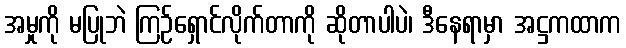
အမှုကို မပြုဘဲ ကြဉ်ရှောင်လိုက်တာကို ဆိုတာပါပဲ၊ ဒီနေရာမှာ အဋ္ဌကထာက